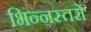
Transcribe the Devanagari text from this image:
भिन्नस्तरों